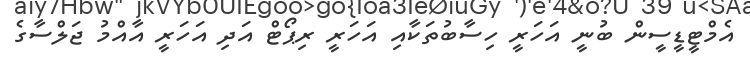
އެމްޓީޑީސީން ބުނީ އަހަރީ ހިސާބުތަކާއި އަހަރީ ރިޕޯޓް އަދި އަހަރީ އާއްމު ޖަލްސާގެ